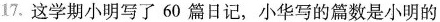
17.这学期小明写了60篇日记，小华写的篇数是小明的